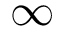
\infty